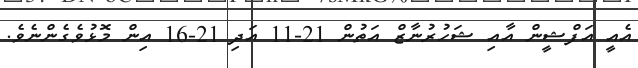
އެއީ އަފްޝީން އާއި ޝަހުރުނާޒް އަތުން 21-11 އަދި 21-16 އިން މޮޅުވެގެންނެވެ.